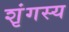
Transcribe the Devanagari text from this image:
शृंगस्य